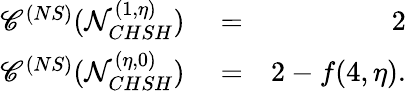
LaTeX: \begin{array}{rlr}{\mathscr{C}^{(NS)}(\mathcal{N}_{CHSH}^{(1,\eta)})}&{{}=}&{2}\\ {\mathscr{C}^{(NS)}(\mathcal{N}_{CHSH}^{(\eta,0)})}&{{}=}&{2-f(4,\eta).}\end{array}